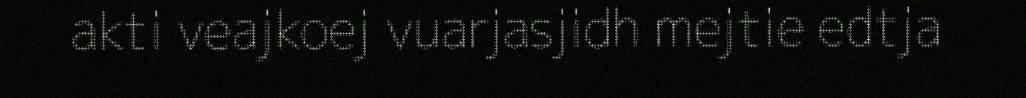
akti veajkoej vuarjasjidh mejtie edtja